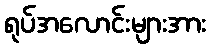
ရုပ်အလောင်းများအား